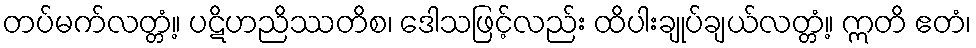
တပ်မက်လတ္တံ့။ ပဋိဟညိဿတိစ၊ ဒေါသဖြင့်လည်း ထိပါးချုပ်ချယ်လတ္တံ့။ ဣတိ ဧတံ၊